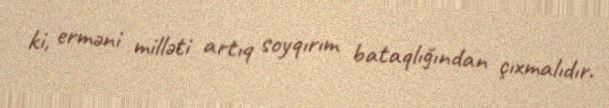
ki, erməni milləti artıq soyqırım bataqlığından çıxmalıdır.